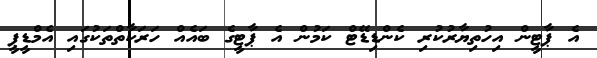
އެ ޕާޓީން އިހުތިޔާރުކުރި ކެންޑިޑޭޓް ކަމުން އެ ޕާޓީގެ ބައެއް ހަރަކާތްތަކުގައި އެމްޑީޕީ